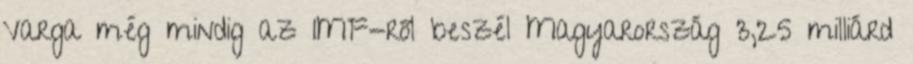
Varga még mindig az IMF-ről beszél Magyarország 3,25 milliárd